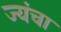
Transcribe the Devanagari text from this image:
ज्यंचा